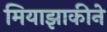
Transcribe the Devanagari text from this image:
मियाझाकीने